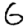
Digit: 6